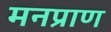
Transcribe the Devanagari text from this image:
मनप्राण